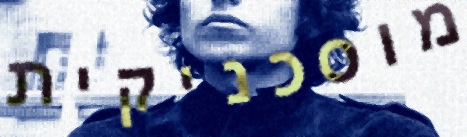
מוסכניקית